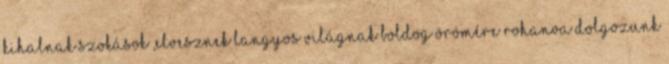
kihalnak szokások ,elvesznek langyos Világnak boldog örömére rohanva dolgozunk